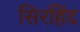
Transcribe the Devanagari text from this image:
सिरहिंद